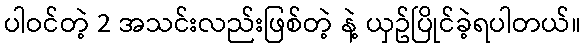
ပါဝင်တဲ့ 2 အသင်းလည်းဖြစ်တဲ့ နဲ့ ယှဥ်ပြိုင်ခဲ့ရပါတယ်။